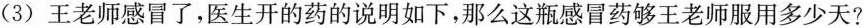
(3)王老师感冒了，医生开的药的说明如下，那么这瓶感冒药够王老师服用多少天?